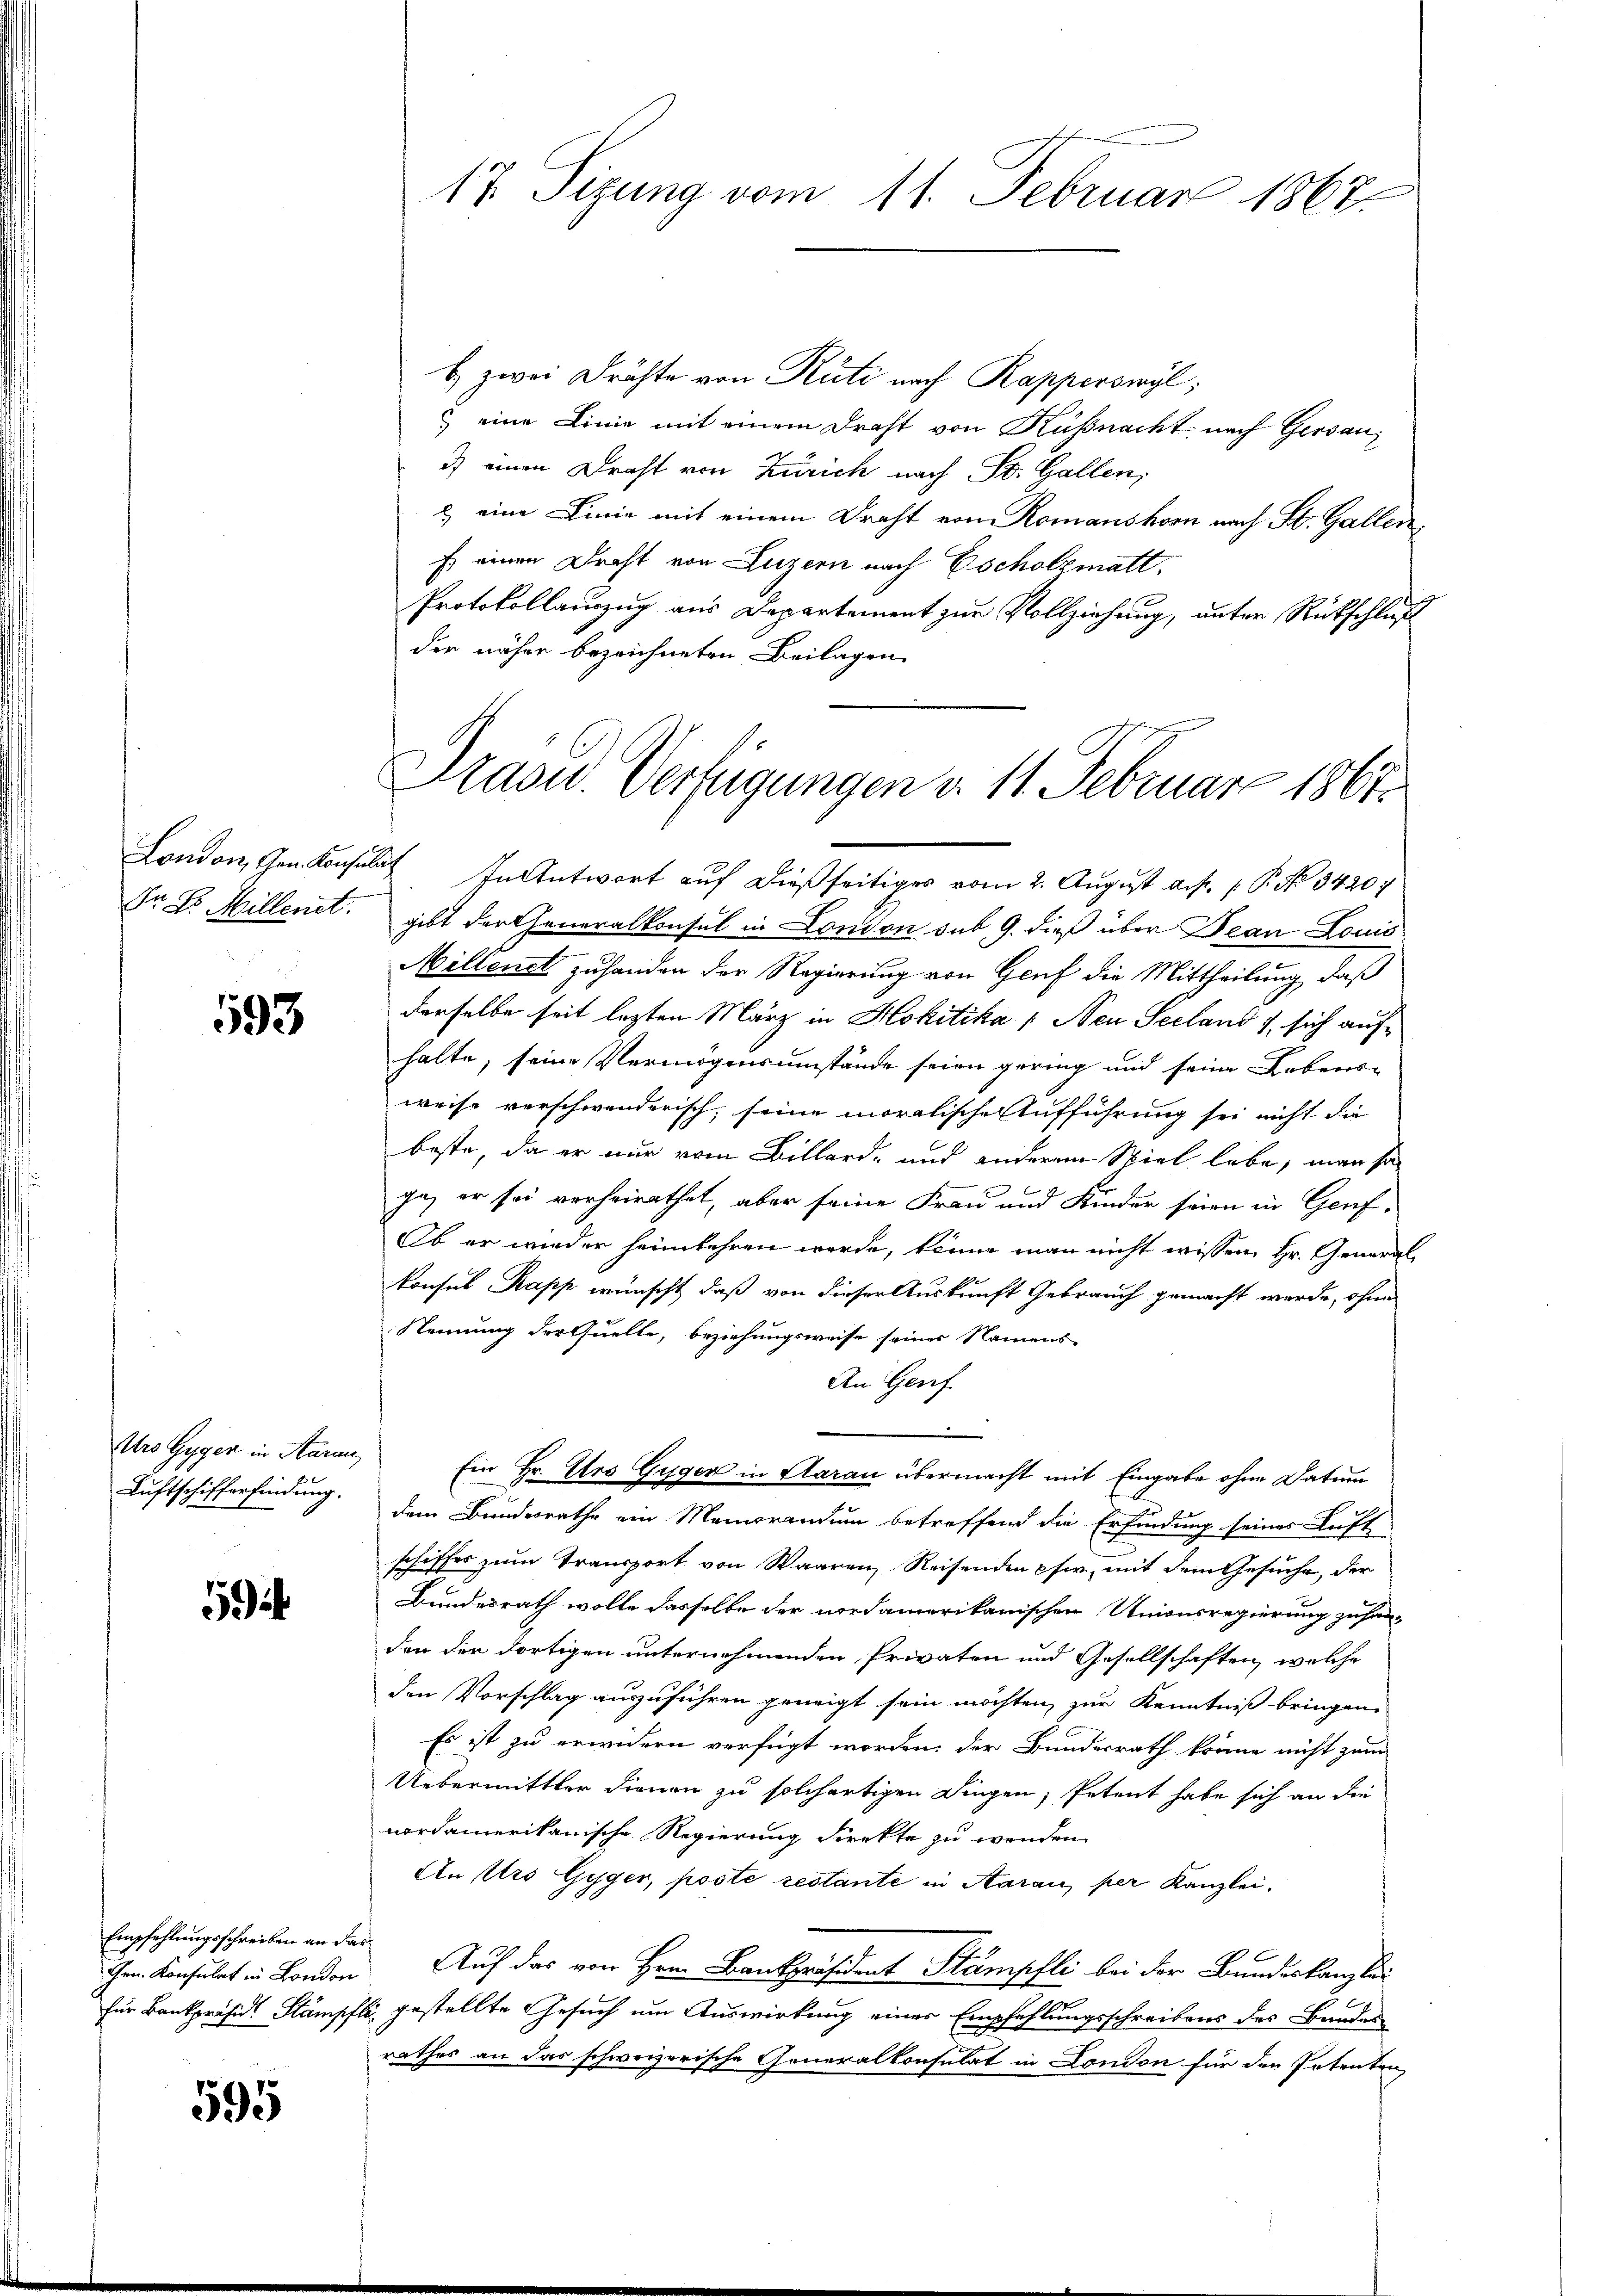
Dr Dr. Millenet.

593

Uro Gyger in Aarau
Luftschifferfindung.

5

Empfehlungsschreiben an das

595

17 Sizung vom 11. Februar 1867.

b. zwei Drähte von Rüti nach Rapperswyl,
 eine Linie mit einem Draht von Küßnacht nach Gersau,
3) einen Draht von Zürich nach St. Gallen,
2) eine Linie mit einem Draht von Romanshom nach St. Gallen,
Es einen Draht von Luzern nach Escholzmatt.
Protokollauszug aus Departement zur Vollziehung, unter Rückschluß
der näher bezeichneten Beilagen.

Stasu. Verfügungen v. 11. Februarz 1867.

London, Gen. Konsulat In Antwort auf dießseitiges vom 2. August a. p. 1. P. Nr. 3420.
gibt der Generalkonsul in London sub. 9. dieß über Jean Louis
Millenst zu handen der Regierung von Genf die Mittheilung, daß
derselbe seit lezten März in Hokitika /: Neu Seeland 1, sich aufhalte, seine Vermögensumstände seien gering und seine Lebens-
weise verschwenderisch, seine moralische Aufführung sei nicht die
beste, da er nur vom Billard- und anderem Spiel lebe, man so
ge, er sei vorheirathet, aber seine Frau und Kinder seien in Genf¬
Ob er wieder heimkehren werde, könne man nicht wissen Hr. Generalkonsul Kapp wünscht, daß von dieser Auskunft Gebrauch gemacht werde, ohne
Nennung der Quelle, beziehungsweise seines Namens-
An Genf
e
Ein Hr. Urs Guger in Aarau übermacht mit Eingabe ohne Datum
dem Bundesrathe ein Mengrandum betreffend die Erfindung seines Luft
schiffes zum Transport von Waaren Reisenden pfw. mit dem Gesuche, der
Bundesrath wolle dasselbe der nordamerikanischen Unionsregierung zu han-
den der dortigen unternehmenden Privaten und Gesellschaften, welche
den Vorschlag auszuführen geneigt sein möchten, zur Kenntniß bringen.
Es ist zu erwidern verfügt worden, der Bundesrath könne nicht zum
Uebermittler dienen zu solchertigen Dingen, Petent habe sich an die
nordamerikanische Regierung direkte zu wenden.
An vro Gyger, poste restante in Aarau, per Kanzlei.
im Konsulat in London. Auf das von Hrn. Bankpräsident Stämpfli bei der Bundeskanzlei-
für Bankpräsid. Stämpfli gestellte Gesuch um Auswirkung einer Empfehlungsschreibens des Bundes
rathes an das schweizerische Generalkonsulat in London für den Intenten,